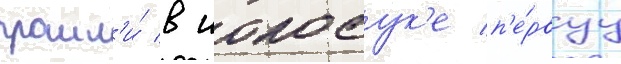
прошл'и́ в иокосук'е п'е́рвуу